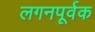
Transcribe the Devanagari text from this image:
लगनपूर्वक